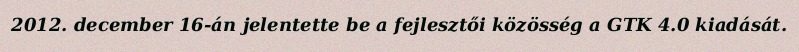
2012. december 16-án jelentette be a fejlesztői közösség a GTK 4.0 kiadását.